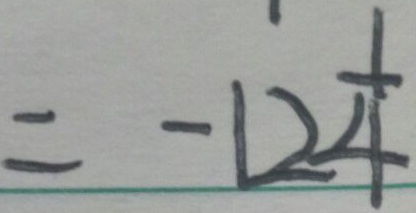
= - 1 2 \frac { 1 } { 4 }